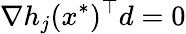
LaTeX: \nabla h_{j}(x^{*})^{\top}d=0